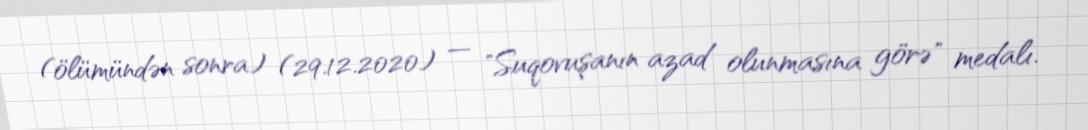
(ölümündən sonra) (29.12.2020) — "Suqovuşanın azad olunmasına görə" medalı.